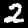
Label: 2